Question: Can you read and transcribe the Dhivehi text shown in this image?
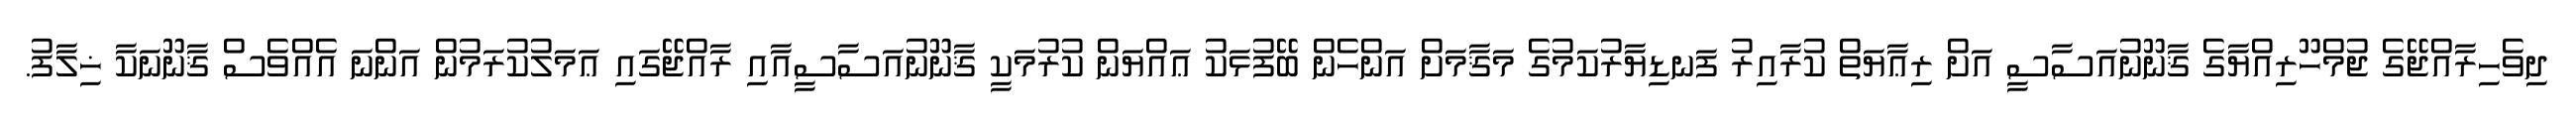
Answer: ދިވެހިރާއްޖޭގެ ޖުމްހޫރިއްޔާގެ ޤާނޫނުއަސާސީ އަށް ރިޢާޔަތް ކުރާއިރު ފަނޑިޔާރުކަމުގެ މަޤާމަށް އަންހެން ބޭފުޅަކު ޢައްޔަން ކުރުމަކީ ޤާނޫނުއަސާސީއާއި ރާއްޖޭގައި ޢަމަލުކުރަމުން އަންނަ އެއްވެސް ޤާނޫނަކާ ޚިލާފު.